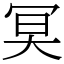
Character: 𠖇